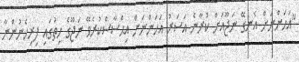
"އަހަންނަށް އެނގޭ ނަޖޫއަށް ކުރާނެ އަސަރު އަހަންނަށް އިޙްސާސްކުރެވޭ ނަޖޫގެ ހިތުގައި ފިރިހެނުންނާ